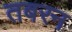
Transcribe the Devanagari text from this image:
तबरन